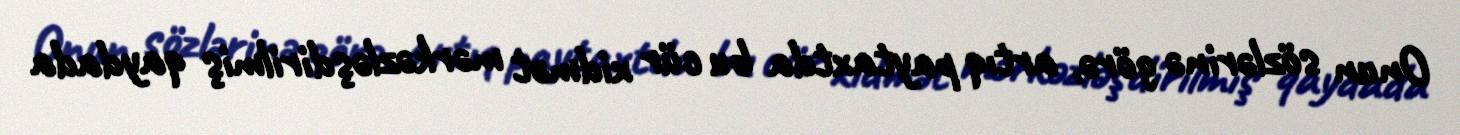
Onun sözlərinə görə, artıq paytaxtda bu cür xidmət mərkəzləşdirilmiş qaydada